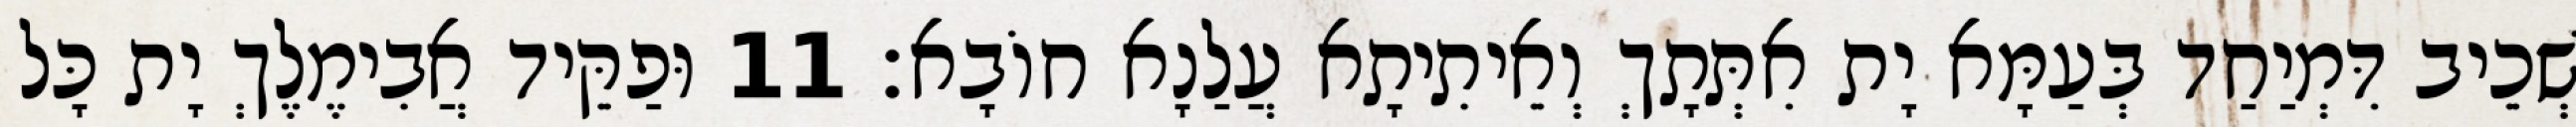
שְׁכֵיב דִּמְיַחַד בְּעַמָּא יָת אִתְּתָךְ וְאֵיתִיתָא עֲלַנָא חוֹבָא׃ 11 וּפַקֵּיד אֲבִימֶלֶךְ יָת כָּל